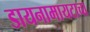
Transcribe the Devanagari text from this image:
डायनामायटाचा